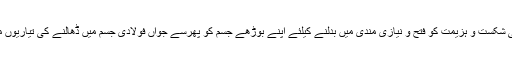
بابا سلطان اپنی شکست و ہزیمت کو فتح و نیازی مندی میں بدلنے کیلئے اپنے بوڑھے جسم کو پھرسے جواں فولادی جسم میں ڈھالنے کی تیاریوں میں پڑ گیا تھا۔